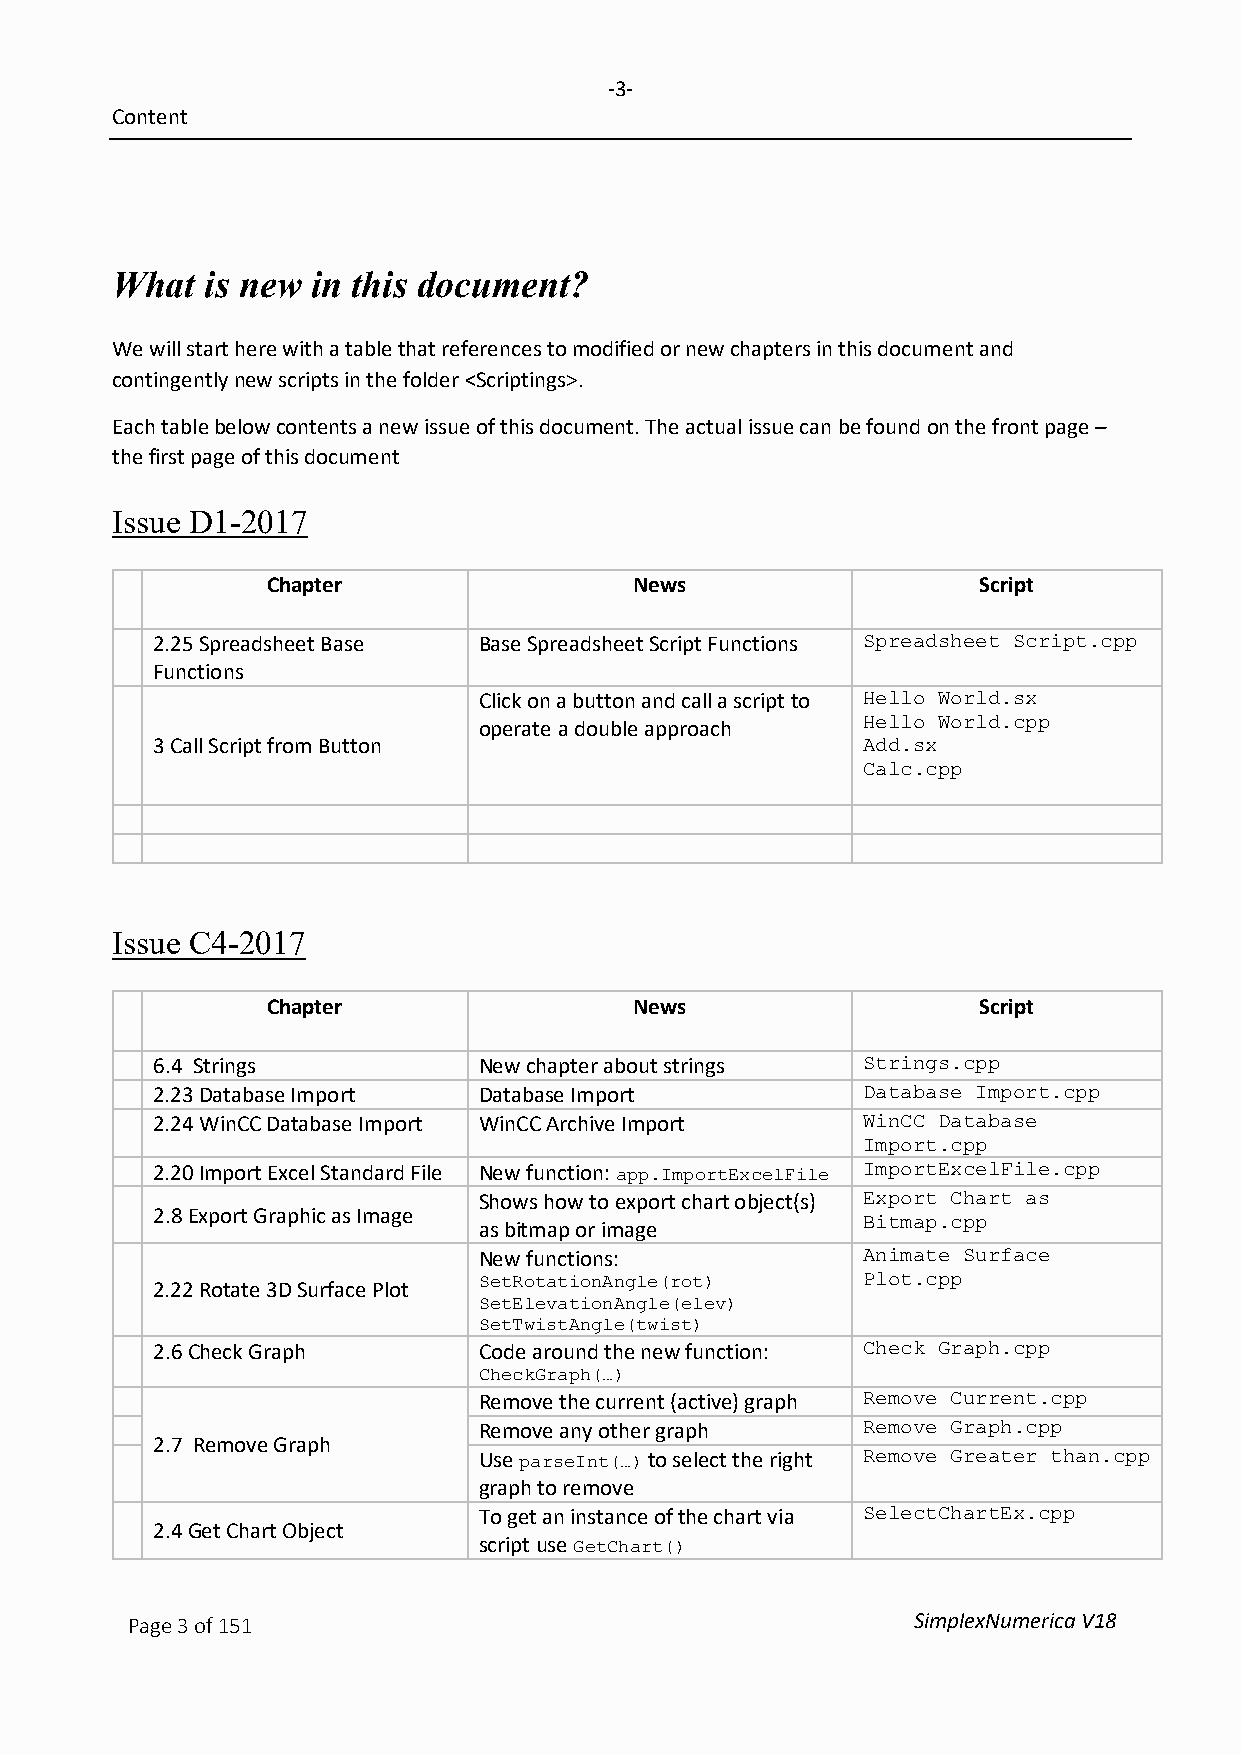
-3-
 Content
 What   is new in this document?
 We will start here with a table that references to modified or new chapters in this document and
 contingently new scripts in the folder <Scriptings>.
 Each table below contents a new issue of this document. The actual issue can be found on the front page –
 the first page of this document
 Issue D1-2017
 Chapter                 News                   Script
 2.25 Spreadsheet Base Base Spreadsheet Script Functions Spreadsheet Script.cpp
 Functions
 Click on a button and call a script to Hello World.sx
 operate a double approach Hello World.cpp
 3 Call Script from Button
 Add.sx
 Calc.cpp
 Issue C4-2017
 Chapter                 News                   Script
 6.4 Strings           New chapter about strings Strings.cpp
 2.23 Database Import  Database Import          Database Import.cpp
 2.24 WinCC Database Import WinCC Archive Import WinCC Database
 Import.cpp
 2.20 Import Excel Standard File New function: app.ImportExcelFile ImportExcelFile.cpp
 Shows how to export chart object(s) Export Chart as
 2.8 Export Graphic as Image
 as bitmap or image       Bitmap.cpp
 New functions:           Animate Surface
 2.22 Rotate 3D Surface Plot SetRotationAngle(rot) Plot.cpp
 SetElevationAngle(elev)
 SetTwistAngle(twist)
 2.6 Check Graph       Code around the new function: Check Graph.cpp
 CheckGraph(…)
 Remove the current (active) graph Remove Current.cpp
 Remove any other graph   Remove Graph.cpp
 2.7 Remove Graph
 Use parseInt(…) to select the right Remove Greater than.cpp
 graph to remove
 To get an instance of the chart via SelectChartEx.cpp
 2.4 Get Chart Object
 script use
 GetChart()
 Page 3 of 151                                       SimplexNumerica V18